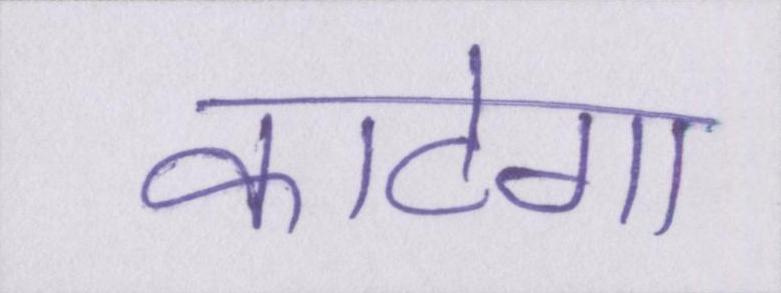
काटेगा